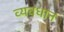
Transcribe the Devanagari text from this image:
व्‍यवधान